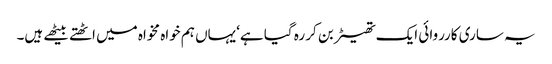
یہ ساری کارروائی ایک تھیٹر بن کر رہ گیا ہے‘یہاں ہم خواہ مخواہ میں اٹھتے بیٹھے ہیں۔